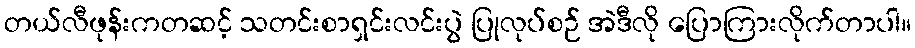
တယ်လီဖုန်းကတဆင့် သတင်းစာရှင်းလင်းပွဲ ပြုလုပ်စဉ် အဲဒီလို ပြောကြားလိုက်တာပါ။